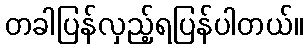
တခါပြန်လှည့်ရပြန်ပါတယ်။